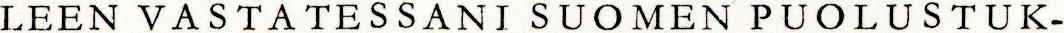
LEEN VASTATESSANI SUOMEN PUOLUSTUK-